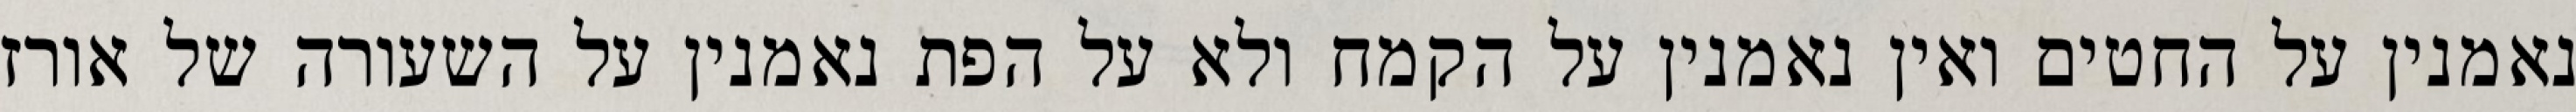
נאמנין על החטים ואין נאמנין על הקמח ולא על הפת נאמנין על השעורה של אורז